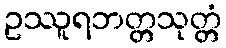
ဥဿူရဘတ္တသုတ္တံ